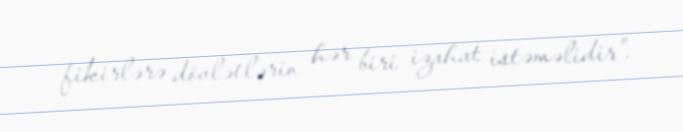
fikirlərə dövlətlərin hər biri izahat istəməlidir".